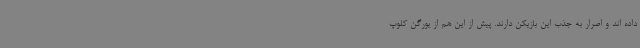
داده اند و اصرار به جذب این بازیکن دارند. پیش از این هم از یورگن کلوپ